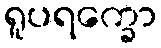
ရူပရက္ခော